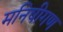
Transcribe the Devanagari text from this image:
मनिषीगण